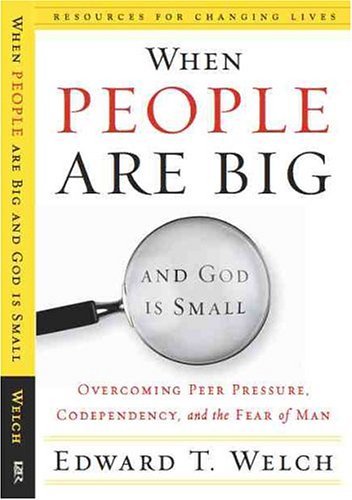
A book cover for When People Are Big and God is Small: Overcoming Peer Pressure, Codependency, and the Fear of Man (Resources for Changing Lives); Edward T. Welch; Christian Books & Bibles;